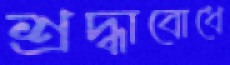
শ্রদ্ধাবোধে